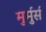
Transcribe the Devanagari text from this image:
मुर्मुर्स